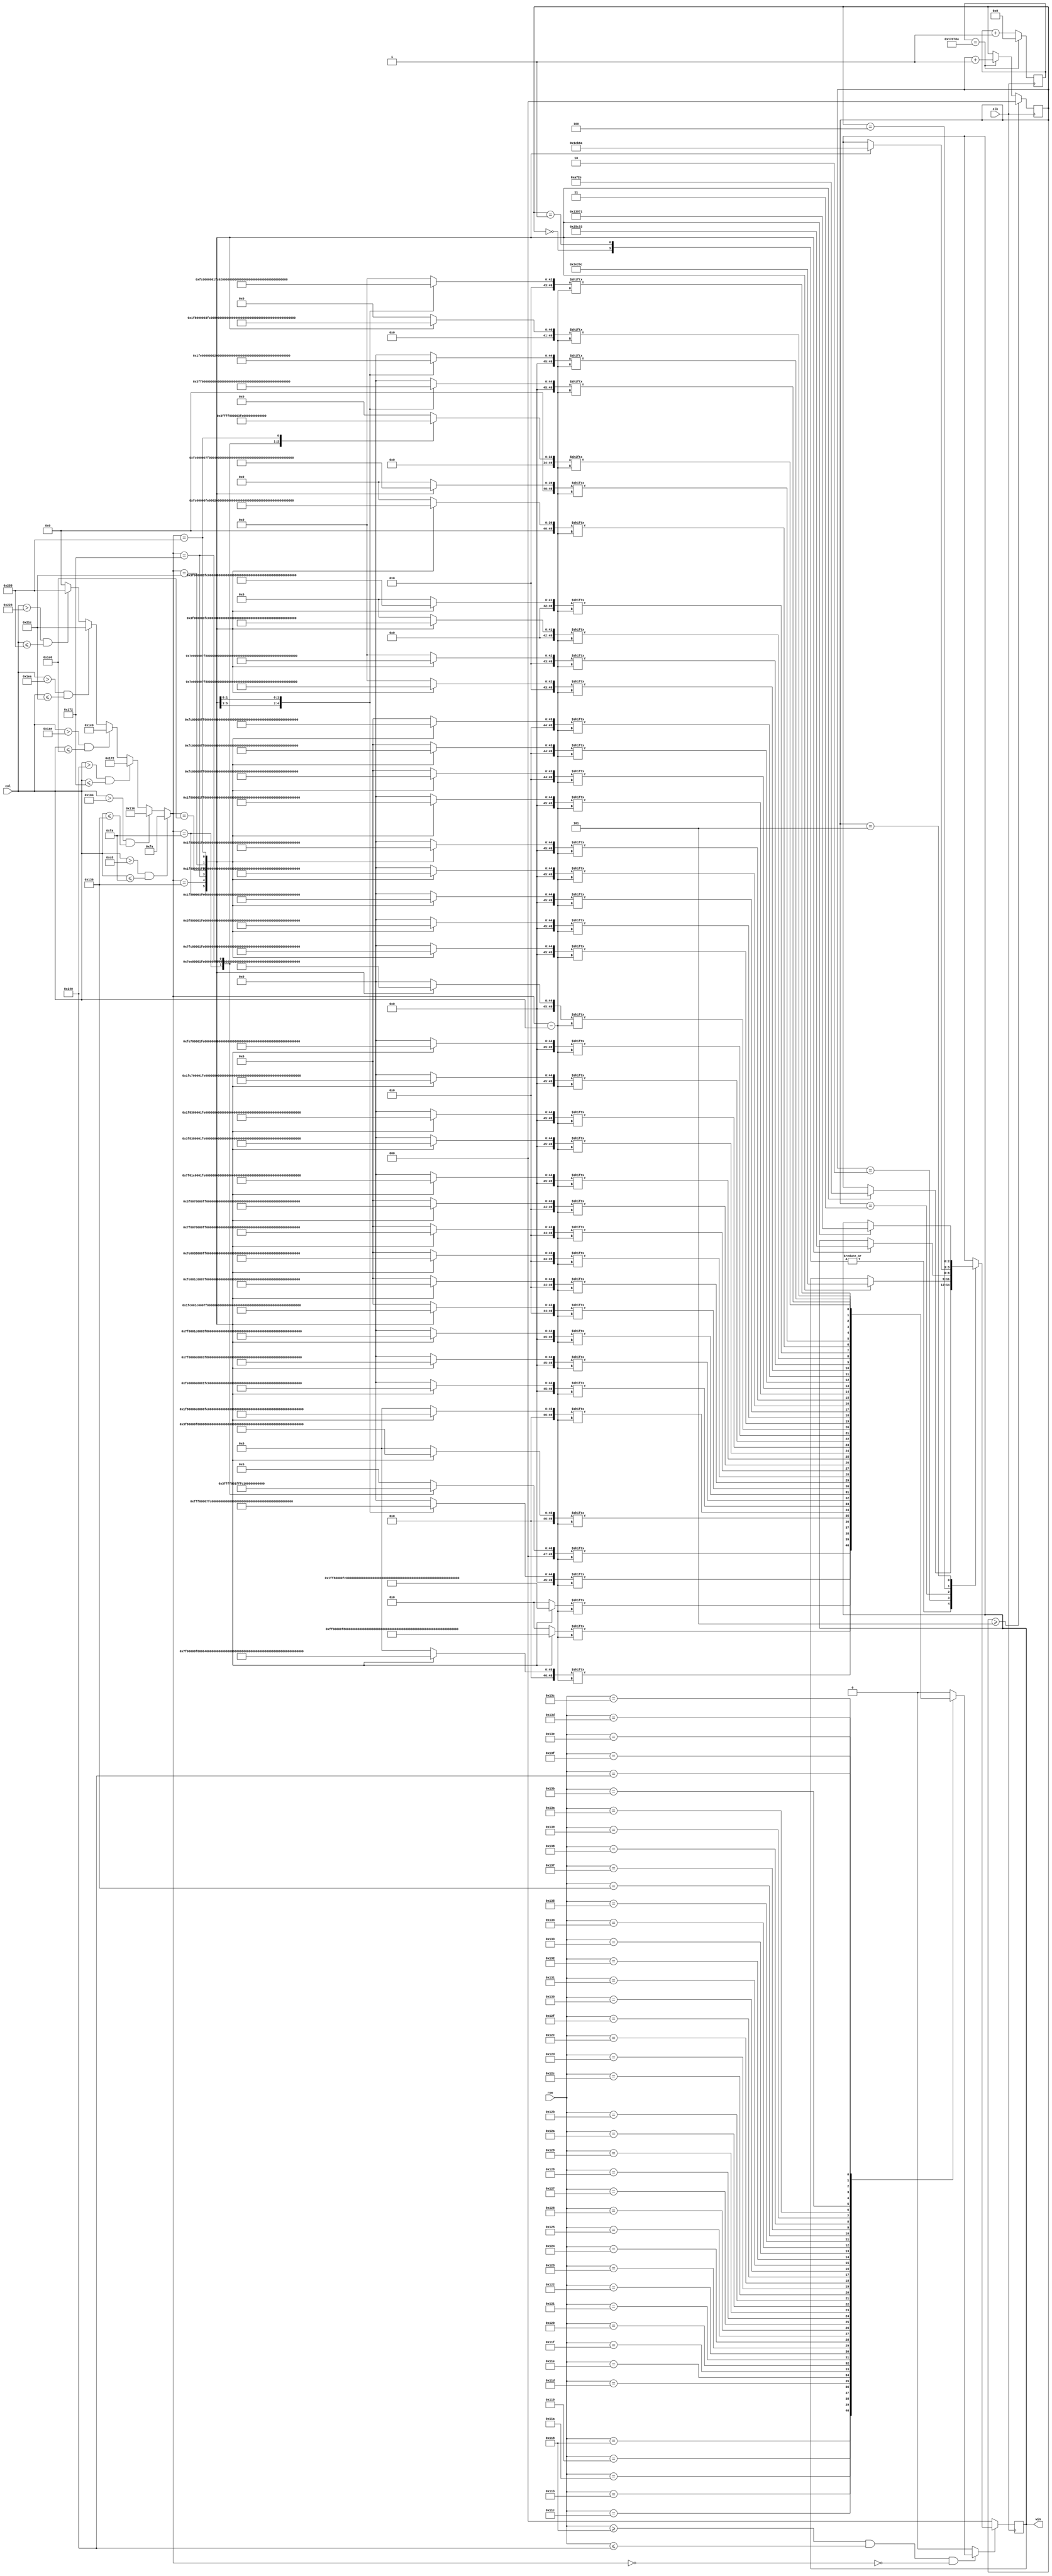
`timescale 1ns / 1ps

//////////////////////////////////////////////////////////////////////////////////
// Company: 
// Engineer: 
// 
// Design Name: 
// Module Name:    Bricker 
// Project Name: 
// Target Devices: 
// Tool versions: 
// Description: 
//
// Dependencies: 
//
// Revision: 
// Revision 0.01 - File Created
// Additional Comments: 
//
//////////////////////////////////////////////////////////////////////////////////


module WIN(clk,col,row,win
    );
	
input clk;
input [10:0]col,row;
output reg [2:0]win;
reg [49:0]line1,line2,line3,line4,line5,line6,line7,line8,line9,line10,line11,line12,line13,line14,line15,line16,line17,line18,line19,line20
,line21,line22,line23,line24,line25,line26,line27,line28,line29,line30,line31,line32,line33,line34,line35,line36,line37,line38,line39,line40,line41;
reg [9:0] col_e;
reg flag;
reg [22:0]counter;
reg [2:0] cnt; 

always@(*)begin
	if(col > 200 & col <=250) col_e = 250;
	else if(col > 260 & col <=310) col_e = 310;
	else if(col > 320 & col <=370) col_e = 370;
	else if(col > 430 & col <=480) col_e = 480;
	else if(col > 490 & col <=540) col_e = 540;
	else if(col > 550 & col <=600) col_e = 600;
	else col_e = 0;
end

always@(*)begin
	case (col_e)
		250:begin 
			line1  = 50'b00011111111111111111100000000000111111111111111000;
			line2  = 50'b00000011111111111100000000000000000111111111000000;
			line3  = 50'b00000001111111111000000000000000000011111100000000;
			line4  = 50'b00000000111111110000000000000000000011111000000000;
			line5  = 50'b00000000011111110000000000000000000011110000000000;
			line6  = 50'b00000000001111111000000000000000000011110000000000;
			line7  = 50'b00000000000111111000000000000000000011100000000000;
			line8  = 50'b00000000000111111100000000000000000111000000000000;
			line9  = 50'b00000000000011111110000000000000000111000000000000;
			line10 = 50'b00000000000011111110000000000000001110000000000000;
			line11 = 50'b00000000000001111111000000000000011100000000000000;
			line12 = 50'b00000000000000111111100000000000011100000000000000;
			line13 = 50'b00000000000000011111100000000000111000000000000000;
			line14 = 50'b00000000000000011111110000000001110000000000000000;
			line15 = 50'b00000000000000001111110000000001110000000000000000;
			line16 = 50'b00000000000000001111111000000011100000000000000000;
			line17 = 50'b00000000000000000111111100000111000000000000000000;
			line18 = 50'b00000000000000000011111100000111000000000000000000;
			line19 = 50'b00000000000000000011111110001110000000000000000000;
			line20 = 50'b00000000000000000001111111001110000000000000000000;
			line21 = 50'b00000000000000000000111111011100000000000000000000;
			line22 = 50'b00000000000000000000111111111000000000000000000000;
			line23 = 50'b00000000000000000000011111110000000000000000000000;
			line24 = 50'b00000000000000000000001111110000000000000000000000;
			line25 = 50'b00000000000000000000001111110000000000000000000000;
			line26 = 50'b00000000000000000000001111110000000000000000000000;
			line27 = 50'b00000000000000000000001111110000000000000000000000;
			line28 = 50'b00000000000000000000001111110000000000000000000000;
			line29 = 50'b00000000000000000000001111110000000000000000000000;
			line30 = 50'b00000000000000000000001111110000000000000000000000;
			line31 = 50'b00000000000000000000001111110000000000000000000000;
			line32 = 50'b00000000000000000000001111110000000000000000000000;
			line33 = 50'b00000000000000000000001111110000000000000000000000;
			line34 = 50'b00000000000000000000001111110000000000000000000000;
			line35 = 50'b00000000000000000000001111110000000000000000000000;
			line36 = 50'b00000000000000000000001111110000000000000000000000;
			line37 = 50'b00000000000000000000001111110000000000000000000000;
			line38 = 50'b00000000000000000000001111110000000000000000000000;
			line39 = 50'b00000000000000000000011111111000000000000000000000;
			line40 = 50'b00000000000000000000111111111100000000000000000000;
			line41 = 50'b00000000000000001111111111111111110000000000000000;
		end
		310:begin 
			line1  = 50'b00000000000000000000000000000000000000000000000000;
			line2  = 50'b00000000000000000000111111111111000000000000000000;
			line3  = 50'b00000000000000001111111111111111110000000000000000;
			line4  = 50'b00000000000000111111100000000111111100000000000000;
			line5  = 50'b00000000000011111110000000000000111111100000000000;
			line6  = 50'b00000000000111111100000000000000111111100000000000;
			line7  = 50'b00000000001111111000000000000000011111110000000000;
			line8  = 50'b00000000011111110000000000000000001111111000000000;
			line9  = 50'b00000000111111100000000000000000000111111100000000;
			line10 = 50'b00000000111111100000000000000000000011111110000000;
			line11 = 50'b00000001111111000000000000000000000011111110000000;
			line12 = 50'b00000001111111000000000000000000000011111111000000;
			line13 = 50'b00000011111111000000000000000000000001111111000000;
			line14 = 50'b00000011111111000000000000000000000001111111000000;
			line15 = 50'b00000011111111000000000000000000000001111111100000;
			line16 = 50'b00000111111110000000000000000000000001111111100000;
			line17 = 50'b00000111111110000000000000000000000001111111100000;
			line18 = 50'b00000111111110000000000000000000000001111111100000;
			line19 = 50'b00000111111110000000000000000000000001111111100000;
			line20 = 50'b00000111111110000000000000000000000001111111100000;
			line21 = 50'b00000111111110000000000000000000000001111111100000;
			line22 = 50'b00000111111110000000000000000000000001111111100000;
			line23 = 50'b00000111111110000000000000000000000001111111100000;
			line24 = 50'b00000111111110000000000000000000000001111111100000;
			line25 = 50'b00000111111110000000000000000000000001111111100000;
			line26 = 50'b00000111111110000000000000000000000001111111100000;
			line27 = 50'b00000111111111000000000000000000000001111111100000;
			line28 = 50'b00000011111111000000000000000000000001111111000000;
			line29 = 50'b00000011111111000000000000000000000011111110000000;
			line30 = 50'b00000011111111000000000000000000000011111110000000;
			line31 = 50'b00000001111111100000000000000000000011111110000000;
			line32 = 50'b00000001111111100000000000000000000111111100000000;
			line33 = 50'b00000000111111110000000000000000000111111100000000;
			line34 = 50'b00000000111111110000000000000000001111111000000000;
			line35 = 50'b00000000001111111000000000000000011111110000000000;
			line36 = 50'b00000000000111111100000000000000111111100000000000;
			line37 = 50'b00000000000011111111000000000001111111000000000000;
			line38 = 50'b00000000000000111111100000000011111110000000000000;
			line39 = 50'b00000000000000001111111111111111110000000000000000;
			line40 = 50'b00000000000000000001111111111111000000000000000000;
			line41 = 50'b00000000000000000000000000000000000000000000000000;
		end
		370:begin 
			line1  = 50'b00000011111111111111111100000000111111111111111000;
			line2  = 50'b00000011111111111111111100000000111111111111111000;
			line3  = 50'b00000001111111111111111000000000011111111111110000;
			line4  = 50'b00000000001111111110000000000000000011111110000000;
			line5  = 50'b00000000000111111100000000000000000000111100000000;
			line6  = 50'b00000000000111111100000000000000000000111100000000;
			line7  = 50'b00000000000111111100000000000000000000111100000000;
			line8  = 50'b00000000000111111100000000000000000000111100000000;
			line9  = 50'b00000000000111111100000000000000000000111100000000;
			line10 = 50'b00000000000111111100000000000000000000111100000000;
			line11 = 50'b00000000000111111100000000000000000000111100000000;
			line12 = 50'b00000000000111111100000000000000000000111100000000;
			line13 = 50'b00000000000111111100000000000000000000111100000000;
			line14 = 50'b00000000000111111100000000000000000000111100000000;
			line15 = 50'b00000000000111111100000000000000000000111100000000;
			line16 = 50'b00000000000111111100000000000000000000111100000000;
			line17 = 50'b00000000000111111100000000000000000000111100000000;
			line18 = 50'b00000000000111111100000000000000000000111100000000;
			line19 = 50'b00000000000111111100000000000000000000111100000000;
			line20 = 50'b00000000000111111100000000000000000000111100000000;
			line21 = 50'b00000000000111111100000000000000000000111100000000;
			line22 = 50'b00000000000111111100000000000000000000111100000000;
			line23 = 50'b00000000000111111100000000000000000000111100000000;
			line24 = 50'b00000000000111111100000000000000000000111100000000;
			line25 = 50'b00000000000111111100000000000000000000111100000000;
			line26 = 50'b00000000000111111100000000000000000000111100000000;
			line27 = 50'b00000000000111111100000000000000000000111100000000;
			line28 = 50'b00000000000111111100000000000000000000111100000000;
			line29 = 50'b00000000000111111100000000000000000000111100000000;
			line30 = 50'b00000000000111111110000000000000000000111100000000;
			line31 = 50'b00000000000111111110000000000000000001111000000000;
			line32 = 50'b00000000000011111110000000000000000001111000000000;
			line33 = 50'b00000000000011111110000000000000000001111000000000;
			line34 = 50'b00000000000011111111000000000000000011110000000000;
			line35 = 50'b00000000000001111111100000000000000111110000000000;
			line36 = 50'b00000000000001111111100000000000001111100000000000;
			line37 = 50'b00000000000000111111100000000000111111100000000000;
			line38 = 50'b00000000000000011111111111111111111110000000000000;
			line39 = 50'b00000000000000000111111111111111111100000000000000;
			line40 = 50'b00000000000000000011111111111111110000000000000000;
			line41 = 50'b00000000000000000000001111111110000000000000000000;
		end
		480:begin 
			line1  = 50'b00000000000000000000000000000000000000000000000000;
			line2  = 50'b00000000000000000000000000000000000000000000000000;
			line3  = 50'b11111111111110000000000011110000000000011111111111;
			line4  = 50'b11111111111110000000000011110000000000011111111111;
			line5  = 50'b00001111100000000000000111111000000000000001110000;
			line6  = 50'b00001111100000000000000111111000000000000001110000;
			line7  = 50'b00001111100000000000000111111000000000000001100000;
			line8  = 50'b00000111110000000000000111111000000000000001100000;
			line9  = 50'b00000111110000000000001111111100000000000011100000;
			line10 = 50'b00000111110000000000001111111100000000000011100000;
			line11 = 50'b00000011111000000000001100111100000000000011000000;
			line12 = 50'b00000011111000000000011100111110000000000011000000;
			line13 = 50'b00000011111000000000011100111110000000000111000000;
			line14 = 50'b00000011111000000000011100111110000000000111000000;
			line15 = 50'b00000001111100000000011000011110000000000110000000;
			line16 = 50'b00000001111100000000111000011111000000001110000000;
			line17 = 50'b00000001111100000000111000011111000000001110000000;
			line18 = 50'b00000000111110000000110000011111000000001100000000;
			line19 = 50'b00000000111110000001110000001111100000001100000000;
			line20 = 50'b00000000111110000001110000001111100000011100000000;
			line21 = 50'b00000000111110000001110000001111100000011100000000;
			line22 = 50'b00000000011111000001100000000111100000011000000000;
			line23 = 50'b00000000011111000011100000000111110000111000000000;
			line24 = 50'b00000000011111000011100000000111110000111000000000;
			line25 = 50'b00000000001111100011000000000111110000110000000000;
			line26 = 50'b00000000001111100011000000000011110000110000000000;
			line27 = 50'b00000000001111100111000000000011111001110000000000;
			line28 = 50'b00000000001111100111000000000011111001110000000000;
			line29 = 50'b00000000000111110110000000000011111001100000000000;
			line30 = 50'b00000000000111111110000000000001111111100000000000;
			line31 = 50'b00000000000111111110000000000001111111100000000000;
			line32 = 50'b00000000000111111100000000000001111111000000000000;
			line33 = 50'b00000000000011111100000000000000111111000000000000;
			line34 = 50'b00000000000011111100000000000000111111000000000000;
			line35 = 50'b00000000000011111100000000000000111110000000000000;
			line36 = 50'b00000000000001111000000000000000011110000000000000;
			line37 = 50'b00000000000001111000000000000000011110000000000000;
			line38 = 50'b00000000000000000000000000000000000000000000000000;
			line39 = 50'b00000000000000000000000000000000000000000000000000;
			line40 = 50'b00000000000000000000000000000000000000000000000000;
			line41 = 50'b00000000000000000000000000000000000000000000000000;
		end
		540:begin 
			line1  = 50'b00000000000000000000000000000000000000000000000000;
			line2  = 50'b00000000000000001111111111111111111000000000000000;
			line3  = 50'b00000000000000001111111111111111111000000000000000;
			line4  = 50'b00000000000000000111111111111111110000000000000000;
			line5  = 50'b00000000000000000000011111111100000000000000000000;
			line6  = 50'b00000000000000000000001111111000000000000000000000;
			line7  = 50'b00000000000000000000001111111000000000000000000000;
			line8  = 50'b00000000000000000000001111111000000000000000000000;
			line9  = 50'b00000000000000000000001111111000000000000000000000;
			line10 = 50'b00000000000000000000001111111000000000000000000000;
			line11 = 50'b00000000000000000000001111111000000000000000000000;
			line12 = 50'b00000000000000000000001111111000000000000000000000;
			line13 = 50'b00000000000000000000001111111000000000000000000000;
			line14 = 50'b00000000000000000000001111111000000000000000000000;
			line15 = 50'b00000000000000000000001111111000000000000000000000;
			line16 = 50'b00000000000000000000001111111000000000000000000000;
			line17 = 50'b00000000000000000000001111111000000000000000000000;
			line18 = 50'b00000000000000000000001111111000000000000000000000;
			line19 = 50'b00000000000000000000001111111000000000000000000000;
			line20 = 50'b00000000000000000000001111111000000000000000000000;
			line21 = 50'b00000000000000000000001111111000000000000000000000;
			line22 = 50'b00000000000000000000001111111000000000000000000000;
			line23 = 50'b00000000000000000000001111111000000000000000000000;
			line24 = 50'b00000000000000000000001111111000000000000000000000;
			line25 = 50'b00000000000000000000001111111000000000000000000000;
			line26 = 50'b00000000000000000000001111111000000000000000000000;
			line27 = 50'b00000000000000000000001111111000000000000000000000;
			line28 = 50'b00000000000000000000001111111000000000000000000000;
			line29 = 50'b00000000000000000000001111111000000000000000000000;
			line30 = 50'b00000000000000000000001111111000000000000000000000;
			line31 = 50'b00000000000000000000001111111000000000000000000000;
			line32 = 50'b00000000000000000000001111111000000000000000000000;
			line33 = 50'b00000000000000000000001111111000000000000000000000;
			line34 = 50'b00000000000000000000001111111000000000000000000000;
			line35 = 50'b00000000000000000000001111111000000000000000000000;
			line36 = 50'b00000000000000000000001111111000000000000000000000;
			line37 = 50'b00000000000000000000011111111100000000000000000000;
			line38 = 50'b00000000000000000111111111111111110000000000000000;
			line39 = 50'b00000000000000001111111111111111111000000000000000;
			line40 = 50'b00000000000000001111111111111111111000000000000000;
			line41 = 50'b00000000000000000000000000000000000000000000000000;
		end
		600:begin 
			line1  = 50'b00000000000000000000000000000000000000000000000000;
			line2  = 50'b00000111111111110000000000000001111111111111110000;
			line3  = 50'b00000111111111111000000000000001111111111111110000;
			line4  = 50'b00000000111111111100000000000000001111111111000000;
			line5  = 50'b00000000011111111110000000000000000011111100000000;
			line6  = 50'b00000000001111111111000000000000000011111000000000;
			line7  = 50'b00000000001111111111000000000000000001111000000000;
			line8  = 50'b00000000001111111111100000000000000001111000000000;
			line9  = 50'b00000000001111111111110000000000000001111000000000;
			line10 = 50'b00000000001111111111111000000000000001111000000000;
			line11 = 50'b00000000001111111111111100000000000001111000000000;
			line12 = 50'b00000000001111011111111110000000000001111000000000;
			line13 = 50'b00000000001111001111111110000000000001111000000000;
			line14 = 50'b00000000001111001111111111000000000001111000000000;
			line15 = 50'b00000000001111000111111111100000000001111000000000;
			line16 = 50'b00000000001111000011111111110000000001111000000000;
			line17 = 50'b00000000001111000001111111111000000001111000000000;
			line18 = 50'b00000000001111000000111111111000000001111000000000;
			line19 = 50'b00000000001111000000111111111100000001111000000000;
			line20 = 50'b00000000001111000000011111111110000001111000000000;
			line21 = 50'b00000000001111000000001111111111000001111000000000;
			line22 = 50'b00000000001111000000000111111111100001111000000000;
			line23 = 50'b00000000001111000000000011111111100001111000000000;
			line24 = 50'b00000000001111000000000001111111110001111000000000;
			line25 = 50'b00000000001111000000000001111111111001111000000000;
			line26 = 50'b00000000001111000000000000111111111101111000000000;
			line27 = 50'b00000000001111000000000000011111111111111000000000;
			line28 = 50'b00000000001111000000000000001111111111111000000000;
			line29 = 50'b00000000001111000000000000000111111111111000000000;
			line30 = 50'b00000000001111000000000000000111111111111000000000;
			line31 = 50'b00000000001111000000000000000011111111111000000000;
			line32 = 50'b00000000001111000000000000000001111111111000000000;
			line33 = 50'b00000000001111000000000000000000111111111000000000;
			line34 = 50'b00000000001111000000000000000000011111111000000000;
			line35 = 50'b00000000001111000000000000000000011111111000000000;
			line36 = 50'b00000000001111000000000000000000001111111000000000;
			line37 = 50'b00000000011111110000000000000000000111111000000000;
			line38 = 50'b00000001111111111100000000000000000011111000000000;
			line39 = 50'b00000111111111111111000000000000000001111000000000;
			line40 = 50'b00000111111111111111000000000000000000111000000000;
			line41 = 50'b00000000000000000000000000000000000000011000000000;
		end
		default:begin
			line1  = 0;
			line2  = 0;
			line3  = 0;
			line4  = 0;
			line5  = 0;
			line6  = 0;
			line7  = 0;
			line8  = 0;
			line9  = 0;
			line10 = 0;
			line11 = 0;
			line12 = 0;
			line13 = 0;
			line14 = 0;
			line15 = 0;
			line16 = 0;
			line17 = 0;
			line18 = 0;
			line19 = 0;
			line20 = 0;
			line21 = 0;
			line22 = 0;
			line23 = 0;
			line24 = 0;
			line25 = 0;
			line26 = 0;
			line27 = 0;
			line28 = 0;
			line29 = 0;
			line30 = 0;
			line31 = 0;
			line32 = 0;
			line33 = 0;
			line34 = 0;
			line35 = 0;
			line36 = 0;
			line37 = 0;
			line38 = 0;
			line39 = 0;
			line40 = 0;
			line41 = 0;		
		end
	endcase
end

always@(*)begin
	if(row >=280 & row <= 320 & ~(col_e==0) )begin
		case(row)
			280 : flag = line1  [col_e-col];
			281 : flag = line2  [col_e-col];
			282 : flag = line3  [col_e-col];
			283 : flag = line4  [col_e-col];
			284 : flag = line5  [col_e-col];
			285 : flag = line6  [col_e-col];
			286 : flag = line7  [col_e-col];
			287 : flag = line8  [col_e-col];
			288 : flag = line9  [col_e-col];
			289 : flag = line10 [col_e-col];
			290 : flag = line11 [col_e-col];
			291 : flag = line12 [col_e-col];
			292 : flag = line13 [col_e-col];
			293 : flag = line14 [col_e-col];
			294 : flag = line15 [col_e-col];
			295 : flag = line16 [col_e-col];
			296 : flag = line17 [col_e-col];
			297 : flag = line18 [col_e-col];
			298 : flag = line19 [col_e-col];
			299 : flag = line20 [col_e-col];
			300 : flag = line21 [col_e-col];
			301 : flag = line22 [col_e-col];
			302 : flag = line23 [col_e-col];
			303 : flag = line24 [col_e-col];
			304 : flag = line25 [col_e-col];
			305 : flag = line26 [col_e-col];
			306 : flag = line27 [col_e-col];
			307 : flag = line28 [col_e-col];
			308 : flag = line29 [col_e-col];
			309 : flag = line30 [col_e-col];
			310 : flag = line31 [col_e-col];
			311 : flag = line32 [col_e-col];
			312 : flag = line33 [col_e-col];
			313 : flag = line34 [col_e-col];
			314 : flag = line35 [col_e-col];
			315 : flag = line36 [col_e-col];
			316 : flag = line37 [col_e-col];
			317 : flag = line38 [col_e-col];
			318 : flag = line39 [col_e-col];
			319 : flag = line40 [col_e-col];
			320 : flag = line41 [col_e-col];
			default: flag = 0;
		endcase
	end
	else flag = 0;
end

always@(posedge clk )begin
	if(counter==1562500)counter <= 0;
	else counter <= counter +1;
end

always@(posedge clk )begin
	if(cnt >= 5) cnt <= 0;
	else if(counter==1562500)cnt <= cnt + 1 ;
	else cnt <= cnt;
end

always@(posedge clk)begin
	if(flag)begin 
		case(cnt)
			0:begin
				case(col_e)
					250 : win <= 3'b001 ;
					310 : win <= 3'b010 ;
					370 : win <= 3'b011 ;
					480 : win <= 3'b100 ;
					540 : win <= 3'b101 ;
					600 : win <= 3'b110 ;
				endcase
			end
			1:begin
				case(col_e)
					250 : win <= 3'b001 ;
					310 : win <= 3'b010 ;
					370 : win <= 3'b011 ;
					480 : win <= 3'b100 ;
					540 : win <= 3'b101 ;
					600 : win <= 3'b110 ;
				endcase
			end
			0:begin
				case(col_e)
					250 : win <= 3'b110 ;
					310 : win <= 3'b001 ;
					370 : win <= 3'b010 ;
					480 : win <= 3'b011 ;
					540 : win <= 3'b100 ;
					600 : win <= 3'b101 ;
				endcase
			end
			2:begin
				case(col_e)
					250 : win <= 3'b101 ;
					310 : win <= 3'b110 ;
					370 : win <= 3'b001 ;
					480 : win <= 3'b010 ;
					540 : win <= 3'b011 ;
					600 : win <= 3'b100 ;
				endcase
			end
			3:begin
				case(col_e)
					250 : win <= 3'b100 ;
					310 : win <= 3'b101 ;
					370 : win <= 3'b110 ;
					480 : win <= 3'b001 ;
					540 : win <= 3'b010 ;
					600 : win <= 3'b011 ;
				endcase
			end
			4:begin
				case(col_e)
					250 : win <= 3'b011 ;
					310 : win <= 3'b100 ;
					370 : win <= 3'b101 ;
					480 : win <= 3'b110 ;
					540 : win <= 3'b001 ;
					600 : win <= 3'b010 ;
				endcase
			end
			5:begin
				case(col_e)
					250 : win <= 3'b010 ;
					310 : win <= 3'b011 ;
					370 : win <= 3'b100 ;
					480 : win <= 3'b101 ;
					540 : win <= 3'b110 ;
					600 : win <= 3'b001 ;
				endcase
			end
			default: win <= win ;
		endcase
	end
	else win <= 3'b000;
end


endmodule